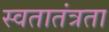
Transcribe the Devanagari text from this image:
स्वतातंत्रता